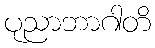
ပုညာဘာဂါတိ